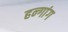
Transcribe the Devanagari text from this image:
हन्गांग